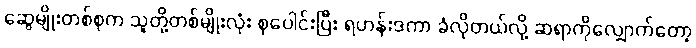
ဆွေမျိုးတစ်စုက သူတို့တစ်မျိုးလုံး စုပေါင်းပြီး ရဟန်းဒကာ ခံလိုတယ်လို့ ဆရာကိုလျှောက်တော့